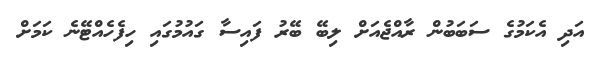
އަދި އެކަމުގެ ސަބަބުން ރާއްޖެއަށް ލިބޭ ބޭރު ފައިސާ ގައުމުގައި ހިފެހެއްޓޭނެ ކަމަށް